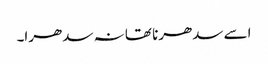
اسے سدھرنا تھا نہ سدھرا۔